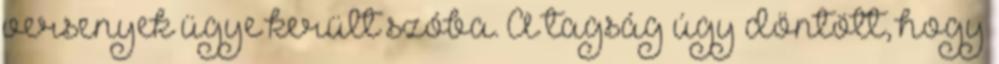
versenyek ügye került szóba. A tagság úgy döntött, hogy